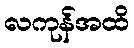
လကုန်အထိ